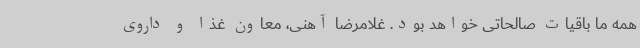
همه ما باقیات صالحاتی خواهد بود. غلامرضا آهنی، معاون غذا و داروی